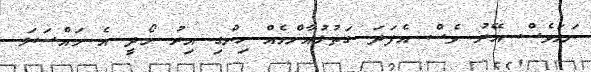
ނަމަވެސް އޭރު ވެސް އެފަދަ ގަތުލުއާންމެއް ހިންގި އިރު މޯދީ އެ މައްސަލަ